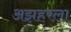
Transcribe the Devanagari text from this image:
अझहरला